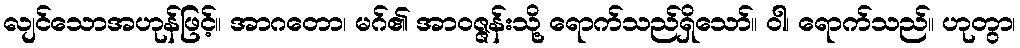
လျင်သောအဟုန်ဖြင့်။ အာဂတော၊ မဂ်၏ အာဝဇ္ဇန်းသို့ ရောက်သည်ရှိသော်။ ဝါ၊ ရောက်သည်။ ဟုတွာ၊